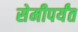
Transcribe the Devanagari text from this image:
सेमीपर्यंत